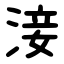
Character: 淁